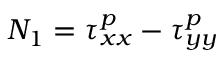
N _ { 1 } = \tau _ { x x } ^ { p } - \tau _ { y y } ^ { p }